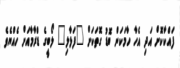
ފައްކާކޮށް އަދި އެހާ ހާމަކަން ބޮޑު ގޮތަކަށް "ފަޅާލި" ލޯބީގެ ޑްރާމާއަށް ހެއްޔެވެ